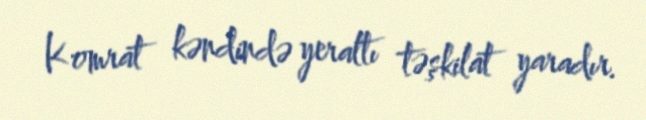
Komrat kəndində yeraltı təşkilat yaradır.